Statistics compiled by the Government of India from the reports of provincial Civil Veterinary Departments
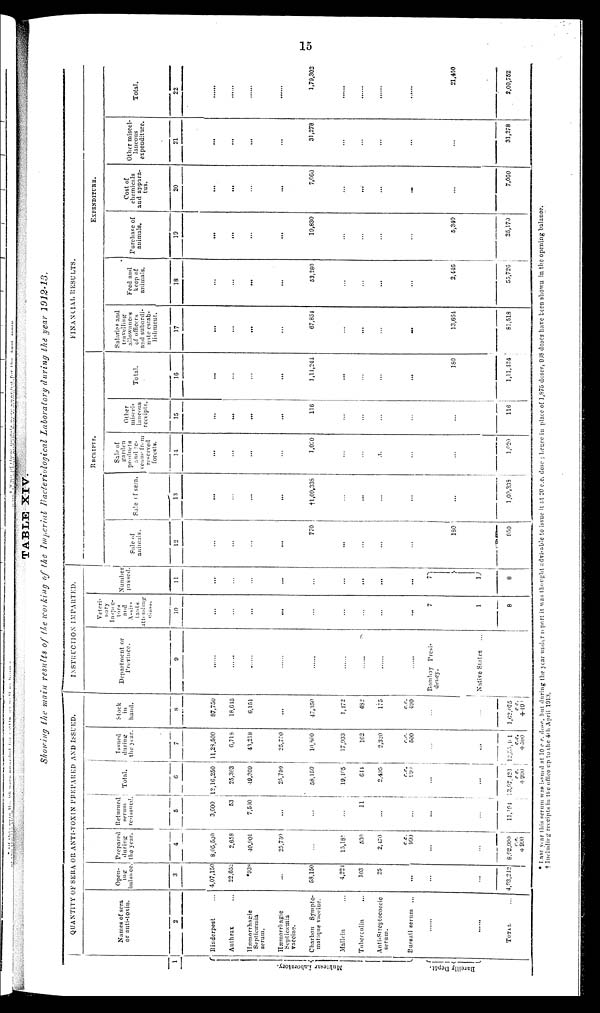
15
TABLE XIV.
Showing the main results of the working of the Imperial Bacteriological Laboratory during the year 1912-13.
1
Mukt e s a r Labor at or y. {
Bar ei l
l
y Depôt .
{
QUANTITY OF SERA OR ANTI-TOXIN PREPARED AND ISSUED.
Names of sera
or anti-toxin.
2
Rinderpest ...
Anthrax ...
Hæmorrhagic
Septicæmia
serum.
Hæmorrhagic
Septicæmia
vaccine.
Charbon Sympto-
matique vaccine.
Mallein ...
Tuberculin ...
Anti-Streptococcic
serum.
Bursati serum ...
......
......
TOTAL
Open¬
ing
balance.
3
4,07,150
22,052
*938
...
58,150
4,221
103
25
...
...
...
4,93,242
Prepared
during
the year.
4
8,05,500
2,658
40,901
25,759
...
15,181
539
2,470
c.c.
990
...
...
8,92,990
c.c.
+ 990
Returned
serum
re-issued.
5
3,600
53
7,530
...
...
...
11
...
...
...
...
11, 194
Total.
6
12,16,250
25,363
49,369
25,750
58,150
19,405
644
2,405
c.c
990
...
...
13,97,426
c. c.
+ 990
Issued
during
the year.
7
11,23,500
6,713
43,218
25,750
10,800
17,933
102
2,320
c.c.
500
...
...
12,3541
c.c.
+ 500
Stock
in
hand.
8
87,750
18,645
6,151
...
47,350
1,172
482
175
c.c.
490
...
...
1,62,025
c c.
+ 49
INSTRUCTION IMPARTED.
Department or
Province.
9
......
...
......
......
.....
.....
.....
.....
Bombay Presi-
dency.
Native States
...
Veteri-
nary
Inspec¬
tors
and
Assis-
tants
attending
Class.
10
...
...
...
...
...
...
...
...
...
7
1
8
number
passed.
11
...
...
...
...
...
...
...
...
...
7
1
8
FINANCIAL RESULTS.
RECEIPTS.
Sale of
animals.
12
...
...
...
...
770
...
...
...
...
180
950
Sale
of sera.
13
...
...
...
...
†1,09,338
...
...
...
...
...
1,00,333
Sale of
garden
products
and re-
venue from
reserved
forests.
14
...
...
...
...
1,020
...
...
...... ...
...
...
1,020
Other
miscel-
laneous
receipts.
15
...
...
...
...
116
...
...
...
...
...
116
Total.
16
...
...
...
...
1,11,244
...
...
...
...
180
1,11,424
EXPENDITURE.
Salaries and
travelling
allowances
of officers
and subordi-
nate estab-
lishment.
17
...
...
...
...
67,854
...
...
...
...
13,664
81,518
Feed and
keep of
animals.
18
...
...
...
...
53,280
...
...
...
...
2,446
55,726
Purchase of
animals.
19
...
...
...
...
19,830
...
...
...
...
5,340
25,170
Cost of
chemicals
and appara-
tus.
20
...
...
...
...
7,060
...
...
...
...
...
7,060
Other miscel-
laneous
expenditure.
21
...
...
...
...
31,278
...
...
...
...
...
31,278
Total.
22
......
......
......
......
1,79,302
......
......
......
......
21,450
2,00,752
* Last year this serum was issued at 10 c. c. dose, but during the year under report it was thought advisable to issue it at 20 c.c. dose; hence in place of 1,875 doses, 938 doses have been shown in the opening balance.
† Including receipts in the office up to the 4th April 1913.